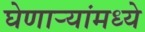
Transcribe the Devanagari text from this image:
घेणार्‍यांमध्ये